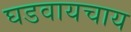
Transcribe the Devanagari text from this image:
घडवायचाय